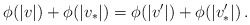
\begin{align*} \phi(|v|) + \phi(|v_*|) = \phi(|v'|) + \phi(|v_*'|)\,.\end{align*}